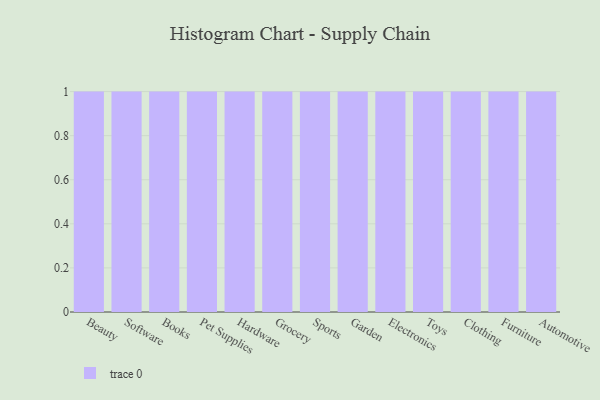
{"axis": {"x": "Category", "y": "Inventory Turnover"}, "legend": [""], "data": [{"x": "Beauty", "y": 16, "type": ""}, {"x": "Software", "y": 59, "type": ""}, {"x": "Books", "y": 32, "type": ""}, {"x": "Pet Supplies", "y": 42, "type": ""}, {"x": "Hardware", "y": 88, "type": ""}, {"x": "Grocery", "y": 14, "type": ""}, {"x": "Sports", "y": 22, "type": ""}, {"x": "Garden", "y": 45, "type": ""}, {"x": "Electronics", "y": 83, "type": ""}, {"x": "Toys", "y": 70, "type": ""}, {"x": "Clothing", "y": 51, "type": ""}, {"x": "Furniture", "y": 75, "type": ""}, {"x": "Automotive", "y": 97, "type": ""}]}